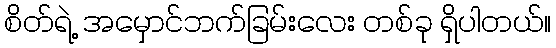
စိတ်ရဲ့ အမှောင်ဘက်ခြမ်းလေး တစ်ခု ရှိပါတယ်။